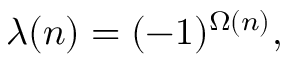
\lambda ( n ) = ( - 1 ) ^ { \Omega ( n ) } ,